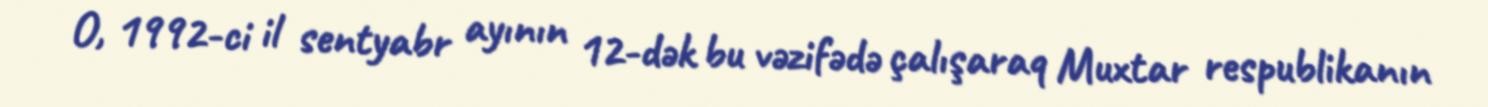
O, 1992-ci il sentyabr ayının 12-dək bu vəzifədə çalışaraq Muxtar respublikanın